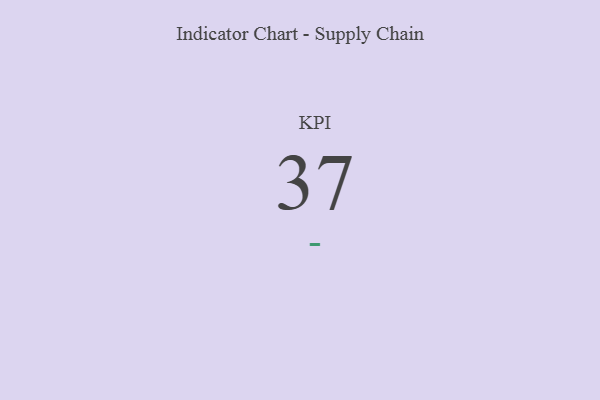
{"axis": {"x": "KPI", "y": "Value"}, "legend": [""], "data": [{"x": "KPI", "y": 37, "type": ""}]}